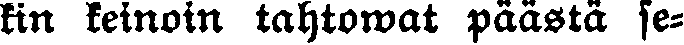
kin keinoin tahtowat päästä se-